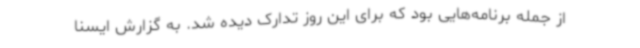
از جمله برنامه‌هایی بود که برای این روز تدارک دیده شد. به گزارش ایسنا